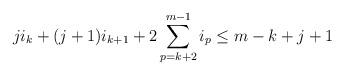
LaTeX: \begin{align*}ji_{k}+(j+1)i_{k+1}+2\sum_{p=k+2}^{m-1} i_p\le m-k+j+1 \end{align*}